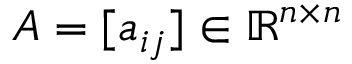
A = [ a _ { i j } ] \in \mathbb { R } ^ { n \times n }